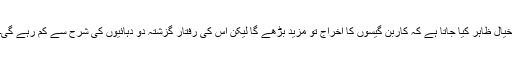
خیال ظاہر کیا جاتا ہے کہ کاربن گیسوں کا اخراج تو مزید بڑھے گا لیکن اس کی رفتار گزشتہ دو دہائیوں کی شرح سے کم رہے گی۔